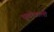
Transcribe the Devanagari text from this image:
ध्रुवोवाली